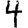
Digit: 4